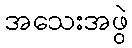
အသေးအဖွဲ